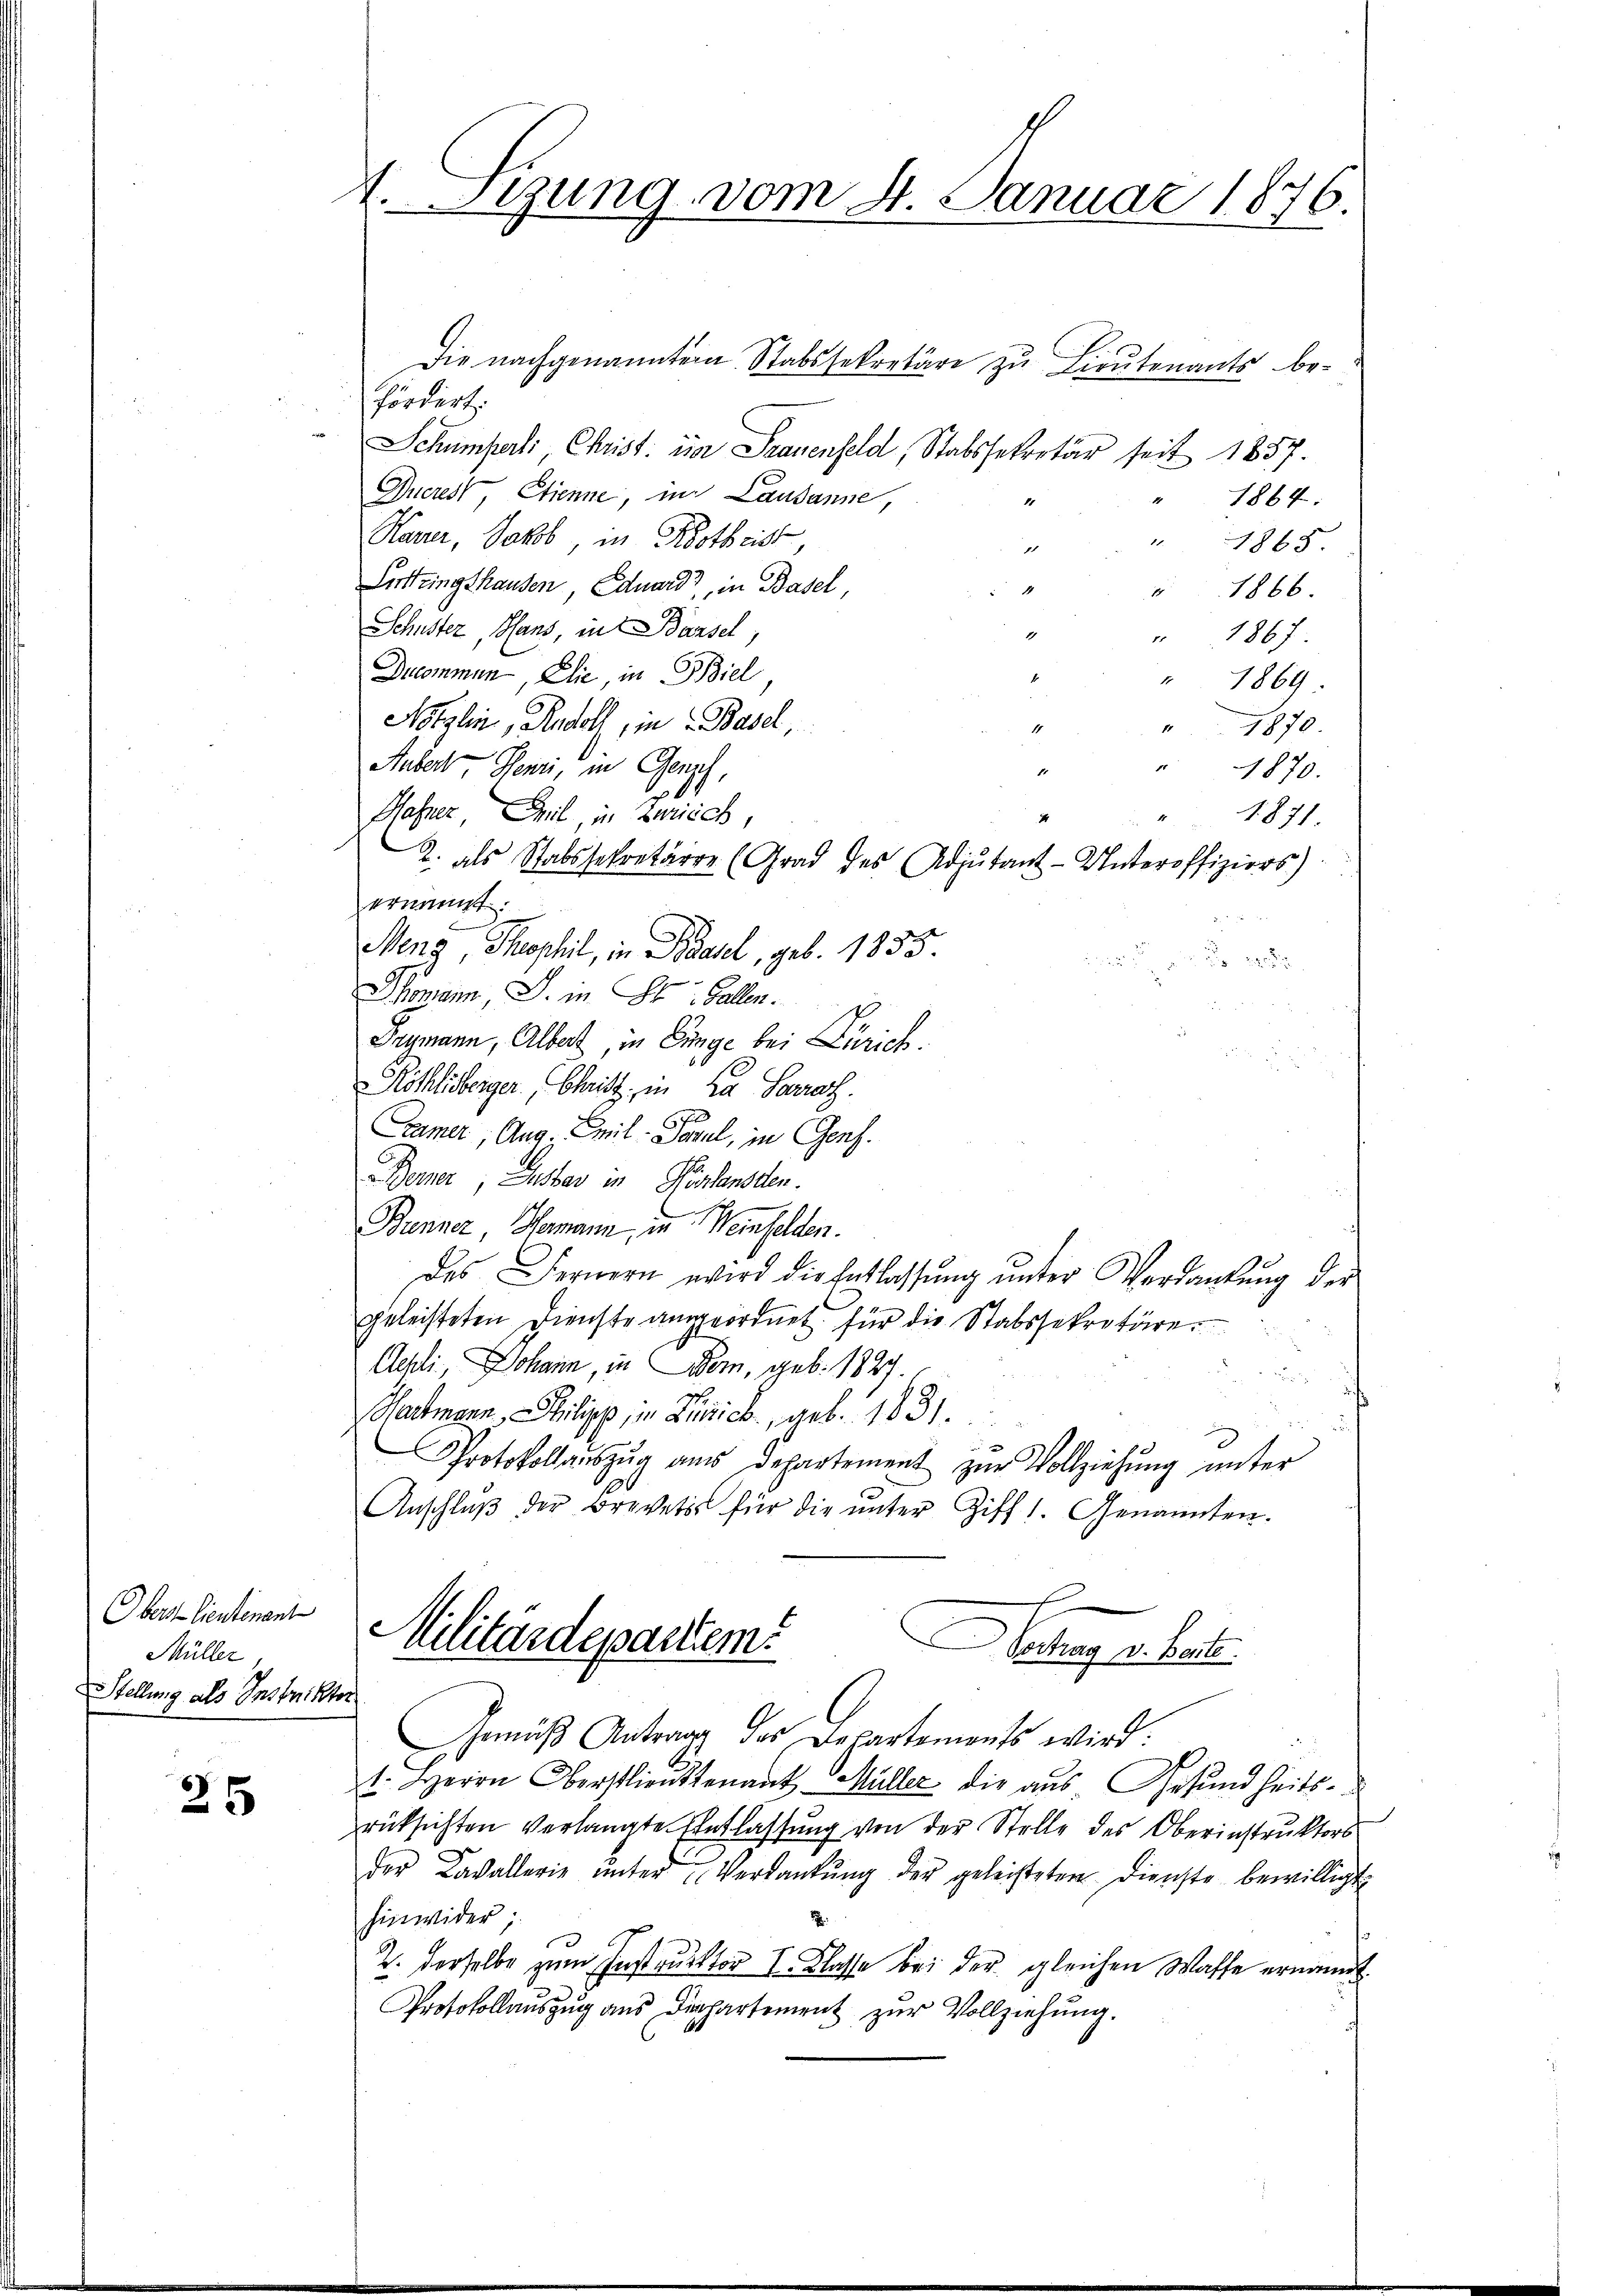
Die nachgenannten Stabssekretäre zu Lieutenants befördert.
Schumperli Christ: die Frauenfeld, Stabssekretär seit 1857.
Ducrest, Etienne, im Lausanne,
1864.
1
Haver, Jakob, in Kostbeist,
1
1865
1
Lerttingshausen, Eduard, in Basel,
1866
Schuster, Hans, in Bazsel,
1867
Ducommen, Elie, in Biel
1869
Nötzlin, Rudoll, in Basel,
" 1870.
Aubert Henri, in Genf,
" 1870.
Hefner, Teil in Zürich,
1. 871.
2. als Stabssekretärre (Grad des Adjutant-Unteroffiziers)
ernannt.
Menz Theophil, in Basel, geb. 1855

Thomann J. in St. Gallen.
Tagmann, Albert, in Einge bei Zürich.
Röthlisberger, Christ, in Da Seras.
.
Camer, Aug. Emil-Sarul, in Genf.
Berner, Gustav in Pestanden.
Brenner Hermann, in einfelden.
des Fernern wird die Entlassŭng ŭnter Verdankŭng der
geleisteten Dienste angeordnet für die Stabssekretäre.
Achli, Johann, in Bern, geb. 1827.
Hartmann Philipp in Zürich, geb. 1831.
Protokollaŭszŭg aŭs Departement zŭr Vollziehung unter
Anschlŭβ der Brevetis für die ŭnter Ziff 1. Genannten.
Obers lieutenant
Militärdepartiem
ehagen hat.
Müller
Stellung als Instriktor
Gemäβ Antrag des Departements wird:
t. Herrn Oberstlieutenant Müller die aus Gesundheits-
25
rüksichten verlangte Entlassung von der Stelle des Oberinstruktors
der Cavallerie ŭnter Verdankŭng der geleisteten Dienste bewilligt.
hinwider
3
2. derselbe zum Instruktor I. Klasse bei der gleichen Waffe ernannt.
Protokollauszug aus Departemen zur Vollziehung.

4.Sizung vom 8. Januar 1876.